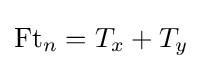
\operatorname {Ft} _{n}=T_{x}+T_{y}